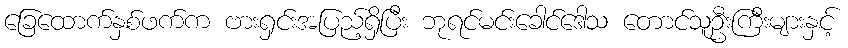
ခြေထောက်နှစ်ဖက်က ဗားရှင်းအပြည့်ရှိပြီး ဘုရင်မင်းခေါင်ဒေါသ တောင်သူဦးကြီးများနှင့်